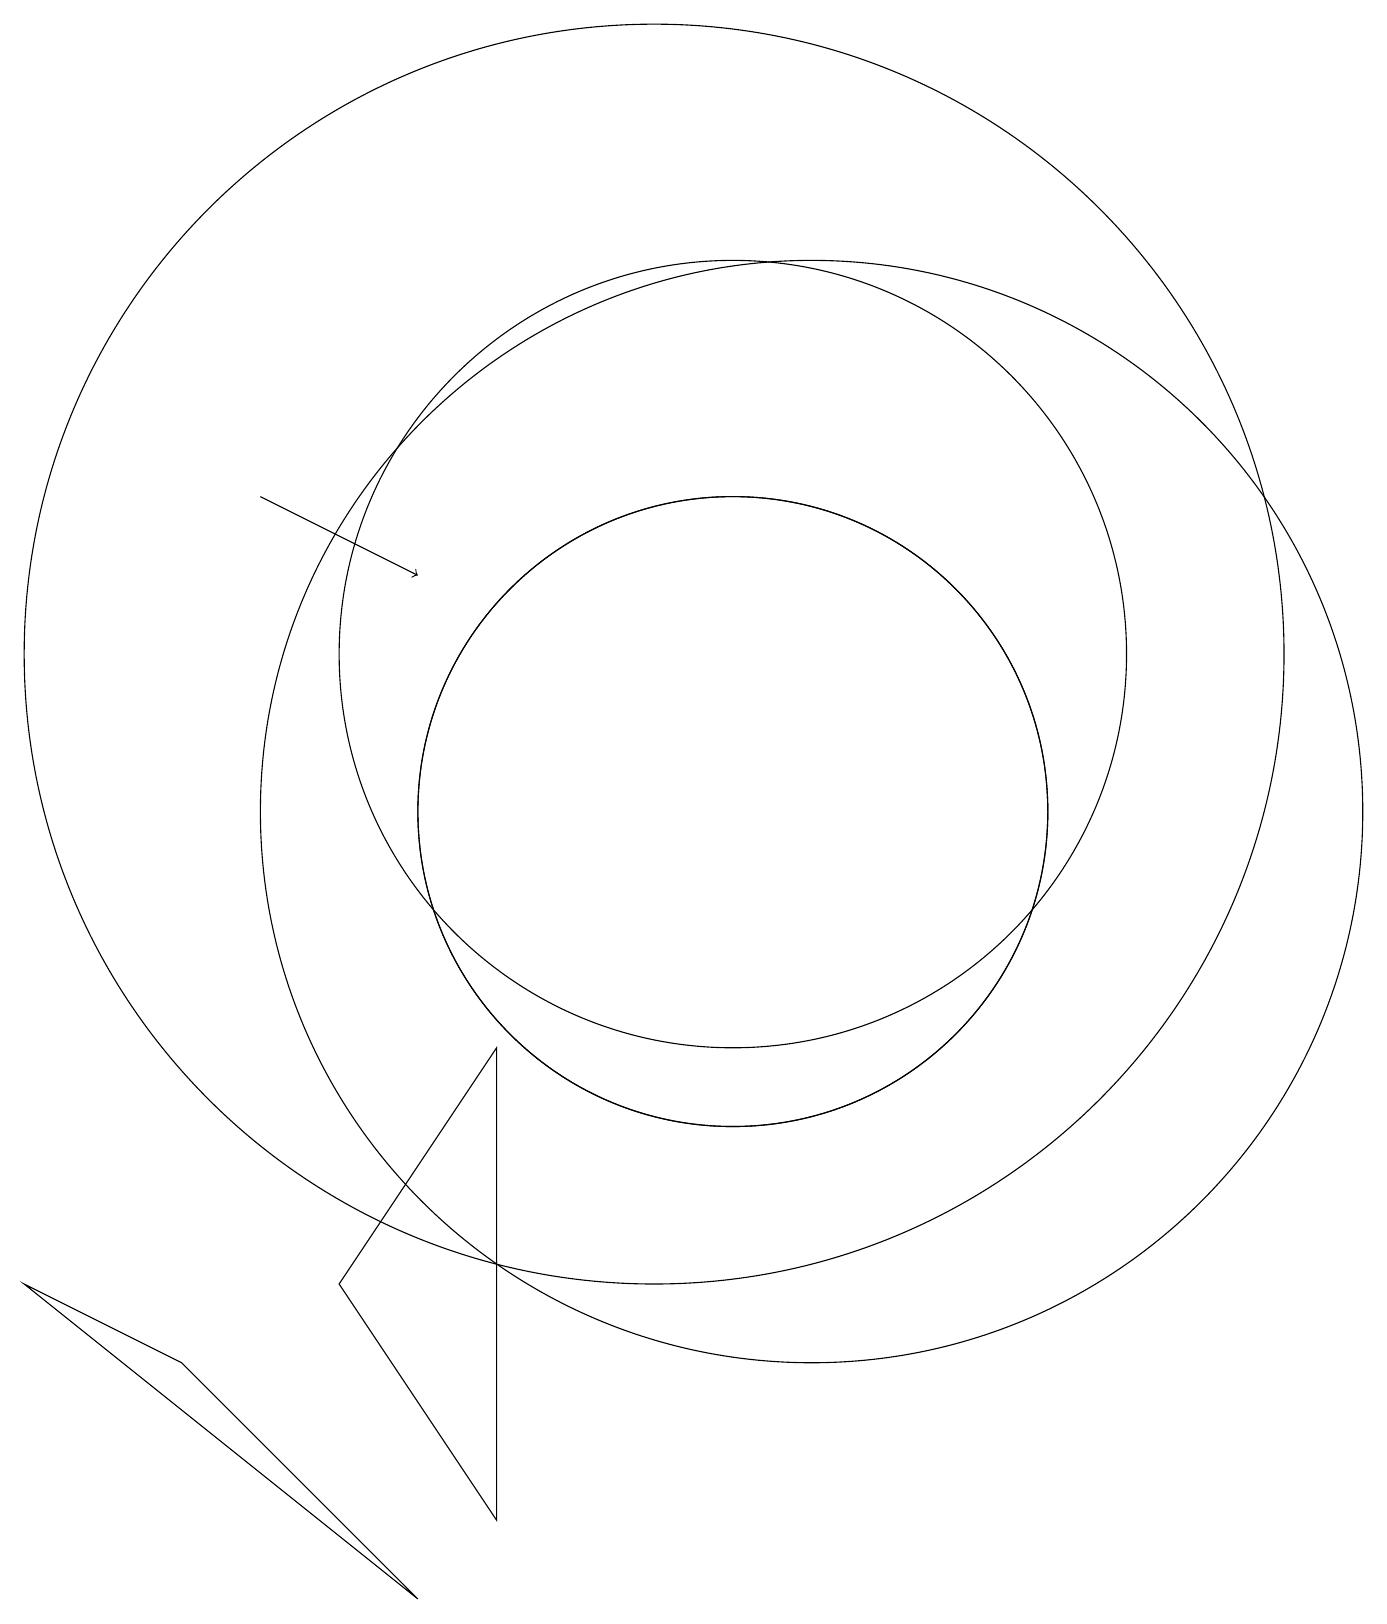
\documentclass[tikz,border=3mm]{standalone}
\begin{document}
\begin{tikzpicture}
\draw (12,10) circle (7);
\draw (8,7) -- (6,4) -- (8,1) -- cycle;
\draw (2,4) -- (4,3) -- (7,0) -- cycle;
\draw (10,12) circle (8);
\draw (11,10) circle (4);
\draw (11,12) circle (5);
\draw (11,10) circle (4);
\draw[->] (5,14) -- (7,13);
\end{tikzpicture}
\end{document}